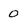
Character: 0